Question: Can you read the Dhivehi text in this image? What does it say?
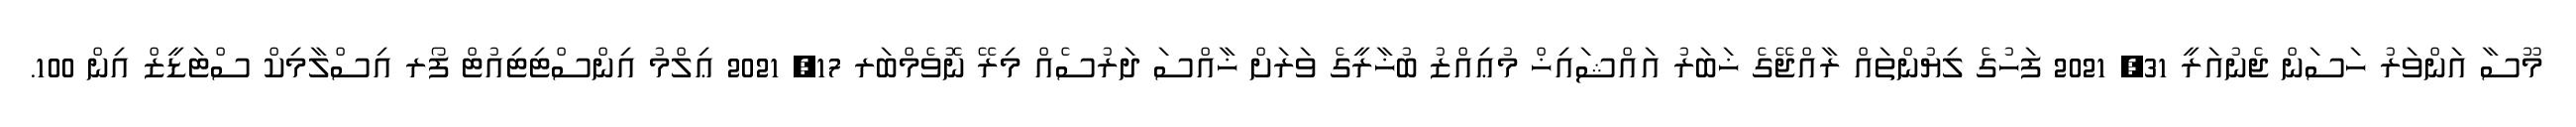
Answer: މޫސާ އަންވަރު ހަސަން ޖެނުއަރީ 31, 2021 ފަހުގެ ލިޔުންތައް ރާއްޖޭގެ ޚަބަރު އައްޝައިޚް މުޢިއްޒު ބުޚާރީގެ ވަރަށް ޚާއްސަ ދަރުސެއް މިރޭ ނޮވެމްބަރ 17, 2021 ޢިލްމު އިންސްޓިޓިއުޓް ފޯރ އިސްލާމިކް ސްޓަޑީޒް އިން 100.